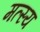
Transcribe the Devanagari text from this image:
मत्स्‍य